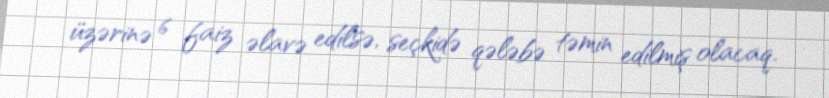
üzərinə 6 faiz əlavə edilsə, seçkidə qələbə təmin edilmiş olacaq.